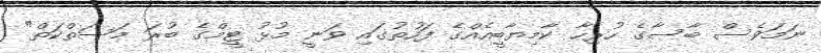
ނަމަވެސް ބާސާގެ ހުރިހާ ކާމިޔާބީއެއްގެ ފަހުތުގައި ވަނީ މުޅު ޓީމްގެ ބުރަ މަސަތްކަތް"